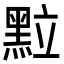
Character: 𮮖